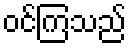
ဝင်ကြသည်